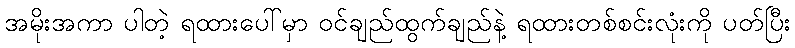
အမိုးအကာ ပါတဲ့ ရထားပေါ်မှာ ဝင်ချည်ထွက်ချည်နဲ့ ရထားတစ်စင်းလုံးကို ပတ်ပြီး